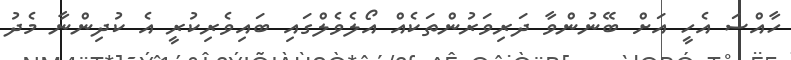
ހާއްސަ އެހީ އަށް ބޭނުންވާ ދަރިވަރުންތަކެއް އޯލެވެލްގައި ބައިވެރިކުރީ އެ ކުދިންނާ މެދު